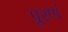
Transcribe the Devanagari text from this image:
पूरणं